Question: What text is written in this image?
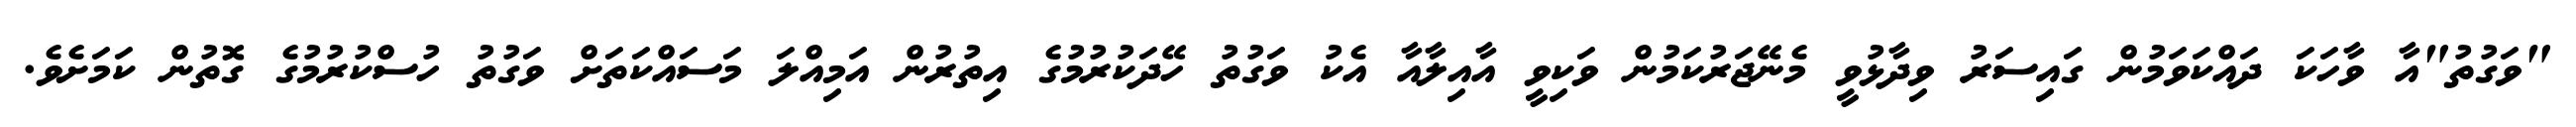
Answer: "ވަގުތު"އާ ވާހަކަ ދައްކަވަމުން ގައިސަރު ވިދާޅުވީ މެނޭޖަރުކަމުން ވަކިވީ އާއިލާއާ އެކު ވަގުތު ހޭދަކުރުމުގެ އިތުރުން އަމިއްލަ މަސައްކަތަށް ވަގުތު ހުސްކުރުމުގެ ގޮތުން ކަމަށެވެ.